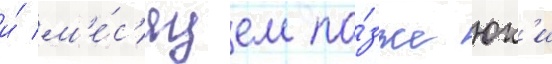
и́ м'е́с'яцем по́зже юк'и